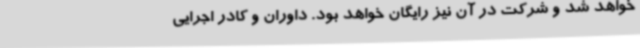
خواهد شد و شرکت در آن نیز رایگان خواهد بود. داوران و کادر اجرایی